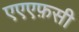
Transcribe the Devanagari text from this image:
एएएफ़सी